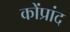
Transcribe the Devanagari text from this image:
कोंप्रांद